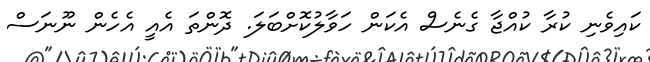
ކައިވެނި ކުރާ ކުއްޖާ ގެނެސް އެކަން ހަވާލުކޮށްބަލަ. ދޮންތަ އެއީ އެހެން ނޫނަސް